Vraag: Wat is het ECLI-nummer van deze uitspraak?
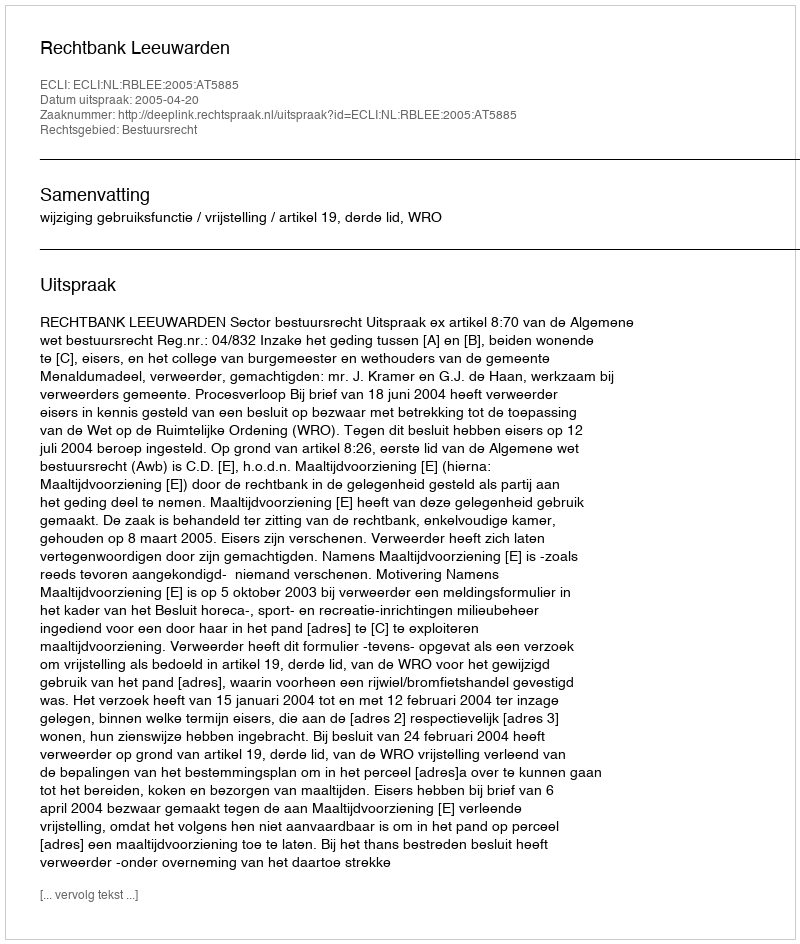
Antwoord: ECLI:NL:RBLEE:2005:AT5885